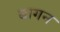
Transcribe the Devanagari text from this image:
बागन